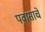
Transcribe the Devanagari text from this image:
पवासाचे